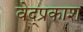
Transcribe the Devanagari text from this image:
वेद्प्रकाश